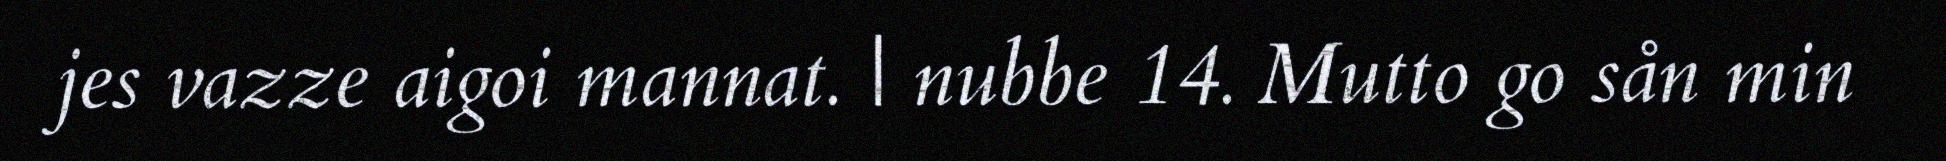
jes vazze aigoi mannat. | nubbe 14. Mutto go sån min